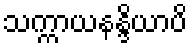
သက္ကာယနန္ဒိယာပိ